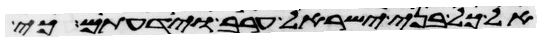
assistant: אל כל בני ישראל ערב וידעתם כי